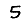
Digit: 5